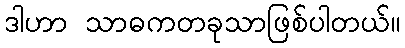
ဒါဟာ သာဓကတခုသာဖြစ်ပါတယ်။